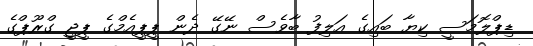
ޑިޕްލޮމަސީ ކިޔާ ބައިގެ އަަލިފު ބާވެސް ނޭގޭ ދެން ޕީޕީއެމްގެ ޕީޖީ ގްރޫޕްގެ